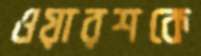
ওয়ারশকে